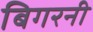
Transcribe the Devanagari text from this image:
बिगरनी